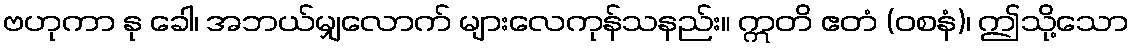
ဗဟုကာ နု ခေါ၊ အဘယ်မျှလောက် များလေကုန်သနည်း။ ဣတိ ဧတံ (ဝစနံ)၊ ဤသို့သော